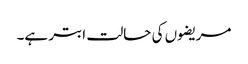
مریضوں کی حالت ابتر ہے۔